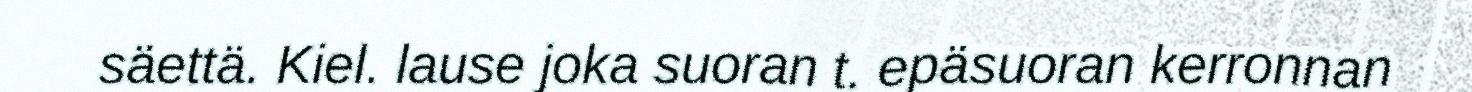
säettä. Kiel. lause joka suoran t. epäsuoran kerronnan